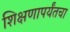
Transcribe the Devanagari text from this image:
शिक्षणापर्यंतचा